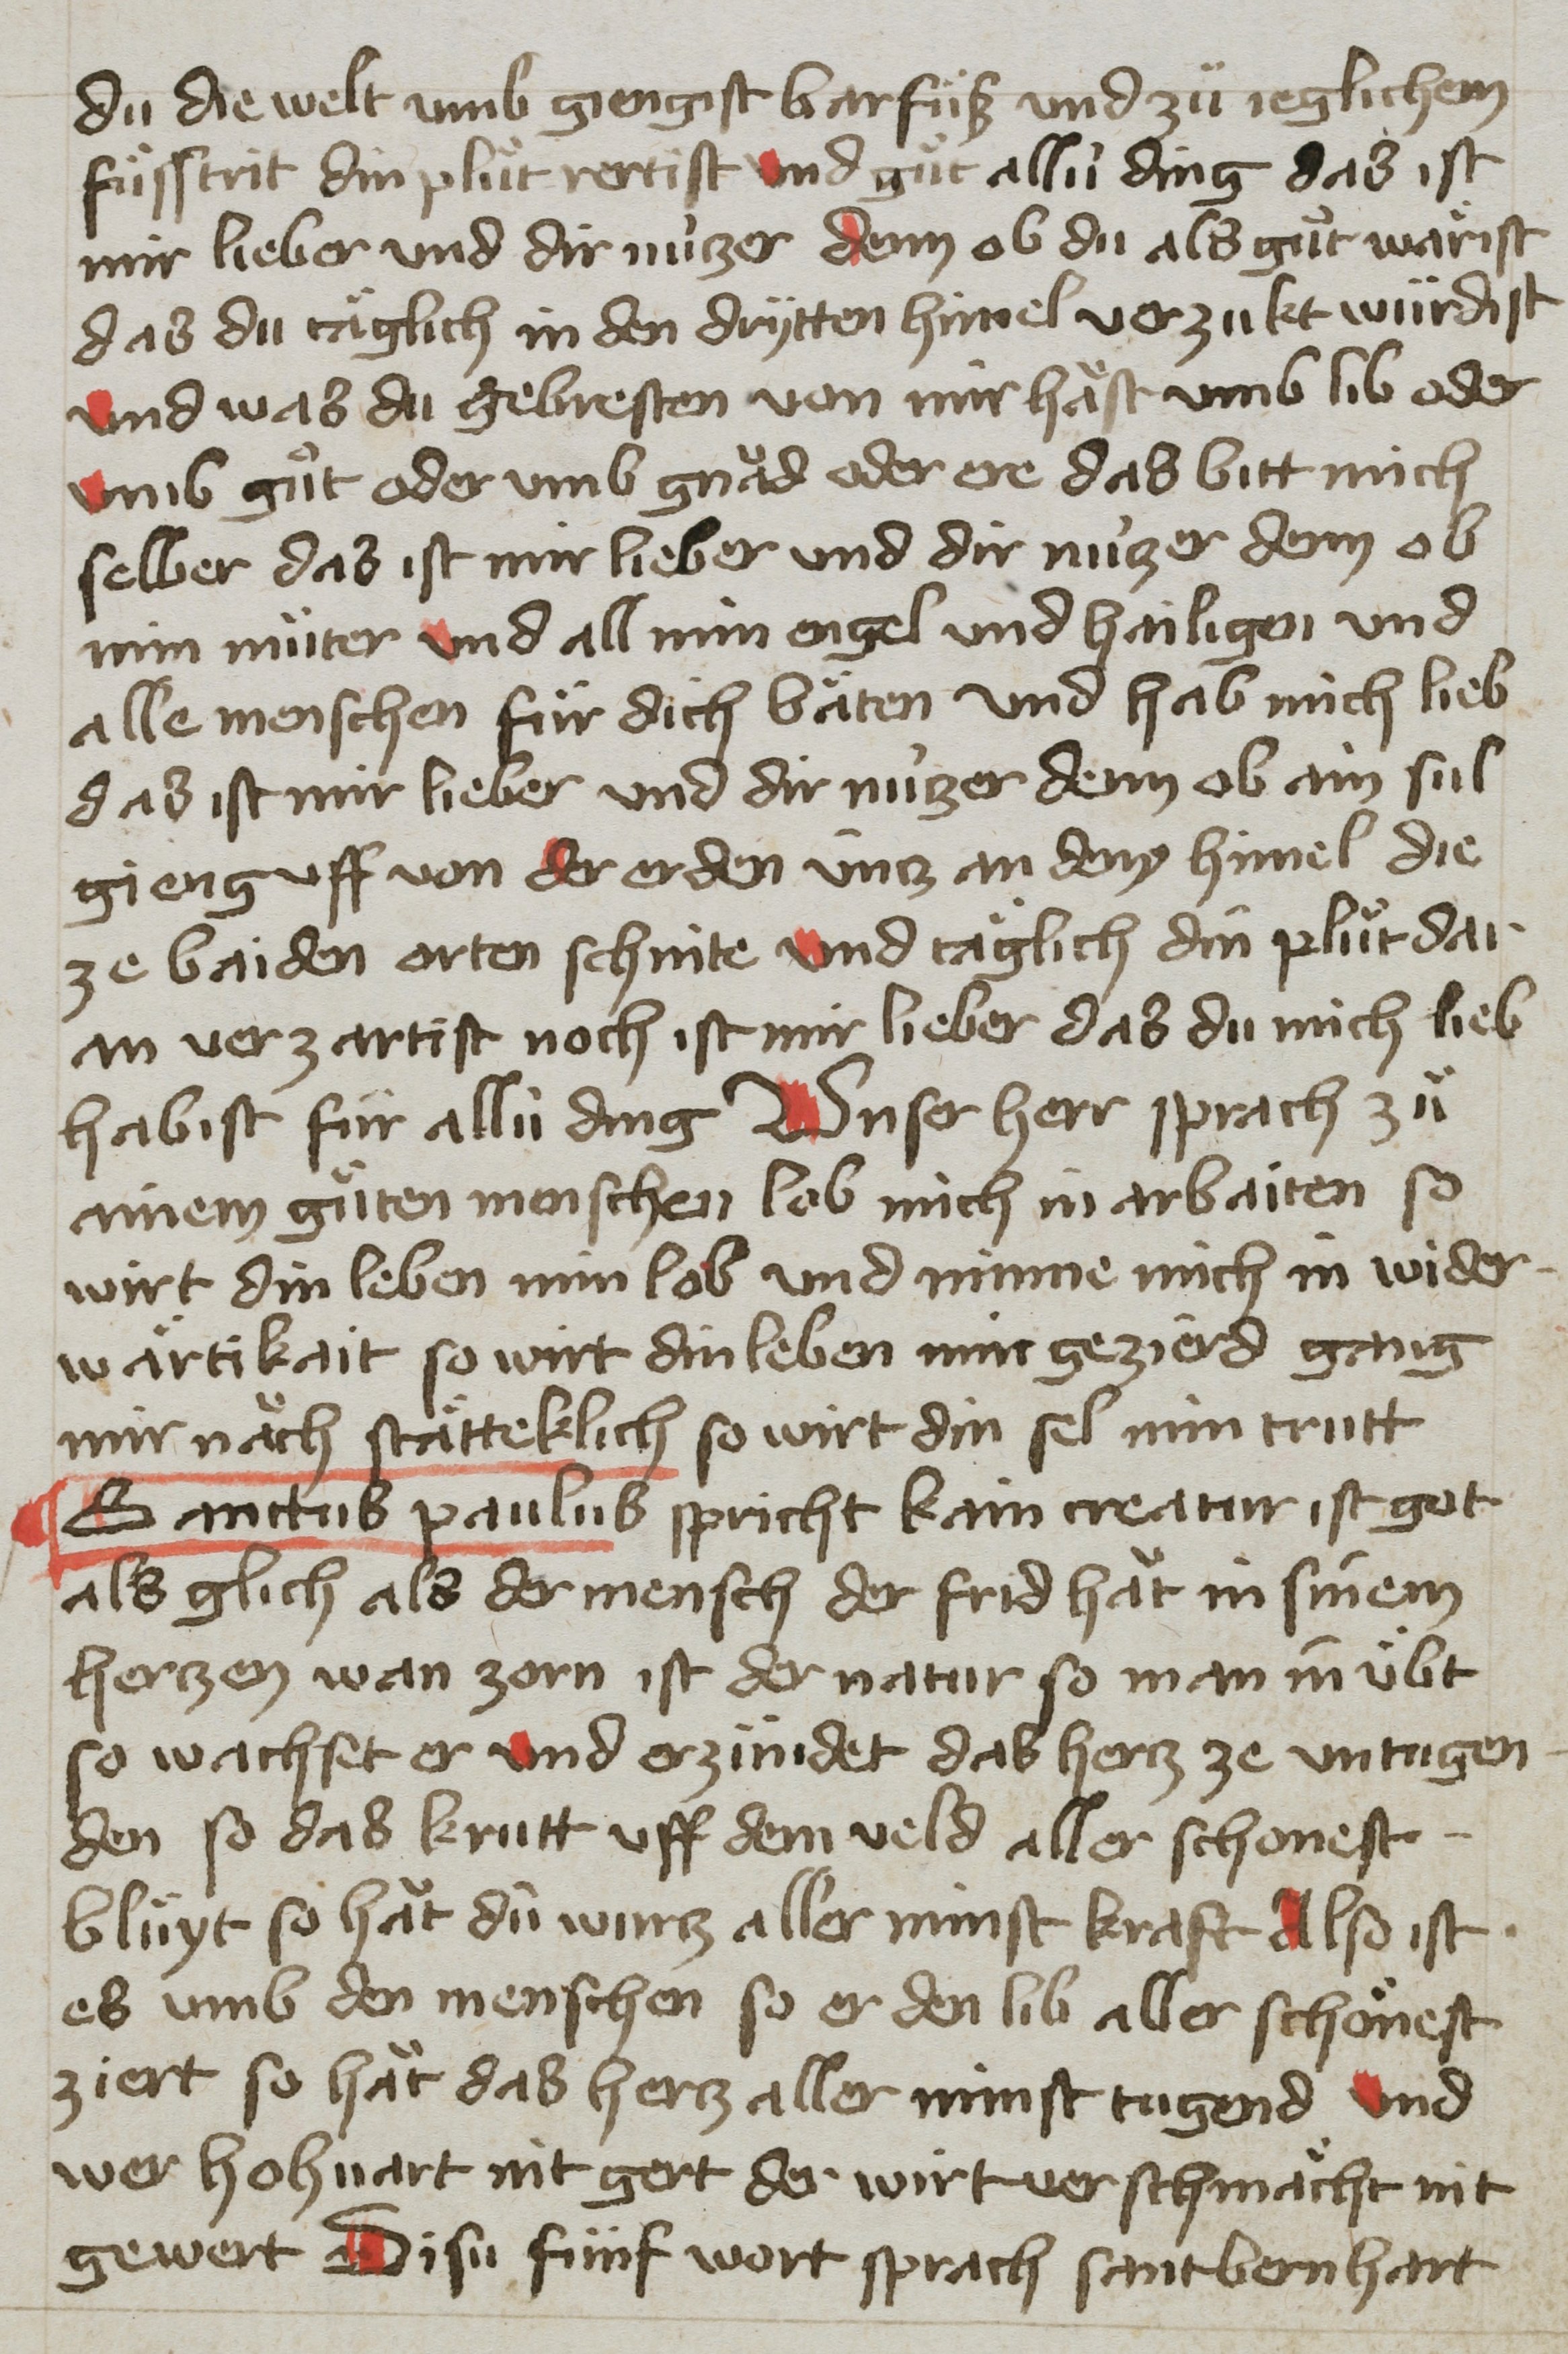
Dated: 1400–1499